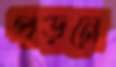
পড়নে